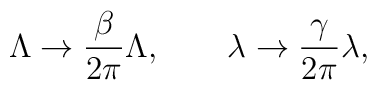
\Lambda\rightarrow {\beta\over 2\pi}\Lambda,\quad\quad   \lambda\rightarrow  {\gamma\over 2\pi}\lambda,